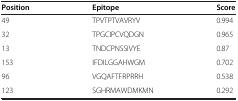
<table><thead><tr><td><b>Position</b></td><td><b>Epitope</b></td><td><b>Score</b></td></tr></thead><tbody><tr><td>49</td><td>TPVTPTVAVRYV</td><td>0.994</td></tr><tr><td>32</td><td>TPGCIPCVQDGN</td><td>0.965</td></tr><tr><td>13</td><td>TNDCPNSSIVYE</td><td>0.87</td></tr><tr><td>153</td><td>IFDILGGAHWGM</td><td>0.702</td></tr><tr><td>96</td><td>VGQAFTFRPRRH</td><td>0.538</td></tr><tr><td>123</td><td>SGHRMAWDMKMN</td><td>0.292</td></tr></tbody></table>